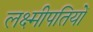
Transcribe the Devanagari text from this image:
लक्ष्मीपतियों